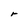
Character: r